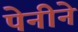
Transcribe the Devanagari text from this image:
पेनीने